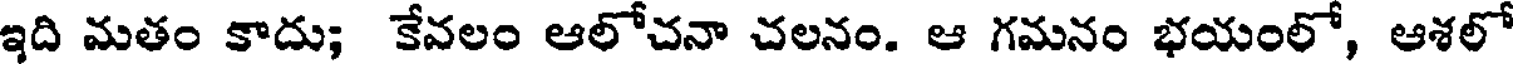
ఇది మతం కాదు; కేవలం ఆలోచనా చలనం. ఆ గమనం భయంలో, ఆశలో